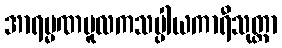
အာရမ္မဏမူလကသပ္ပါယကာရီသုတ္တာ